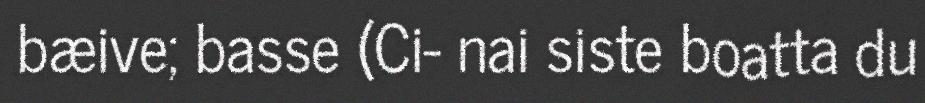
bæive; basse (Ci- nai siste boatta du